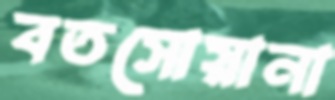
বতসোয়ানা